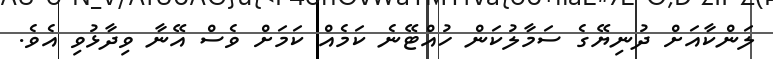
ލަންކާއަށް ދުނިޔޭގެ ސަމާލުކަން ހުއްޓޭނެ ކަމެއް ކަމަށް ވެސް އޭނާ ވިދާޅުވި އެވެ.